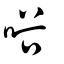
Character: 唂